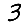
Digit: 3